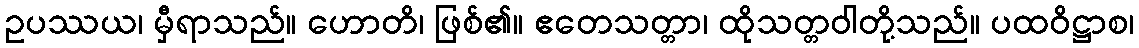
ဥပဿယ၊ မှီရာသည်။ ဟောတိ၊ ဖြစ်၏။ ဧတေသတ္တာ၊ ထိုသတ္တဝါတို့သည်။ ပထဝိဋ္ဌာစ၊